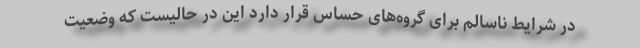
در شرایط ناسالم برای گروه‌های حساس قرار دارد این در حالیست که وضعیت